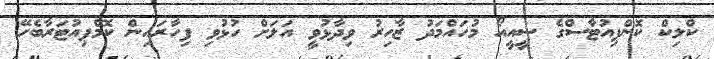
ކްލިކް ކޮންޕިއުޓާސްގެ ސީއީއޯ މުހައްމަދު ޒާހިރު ވިދާޅުވީ އަލަށް ހުޅުވި ފިހާރައިން ކޮމްޕިއުޓަރާބެހޭ